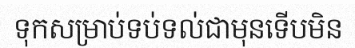
ទុកសម្រាប់ទប់ទល់ជាមុនទើបមិន